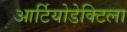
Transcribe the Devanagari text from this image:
आर्टियोडेक्टिला